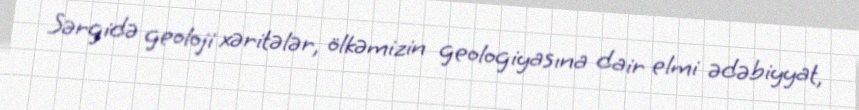
Sərgidə geoloji xəritələr, ölkəmizin geologiyasına dair elmi ədəbiyyat,